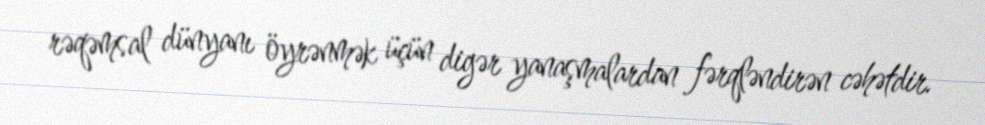
rəqəmsal dünyanı öyrənmək üçün digər yanaşmalardan fərqləndirən cəhətdir.